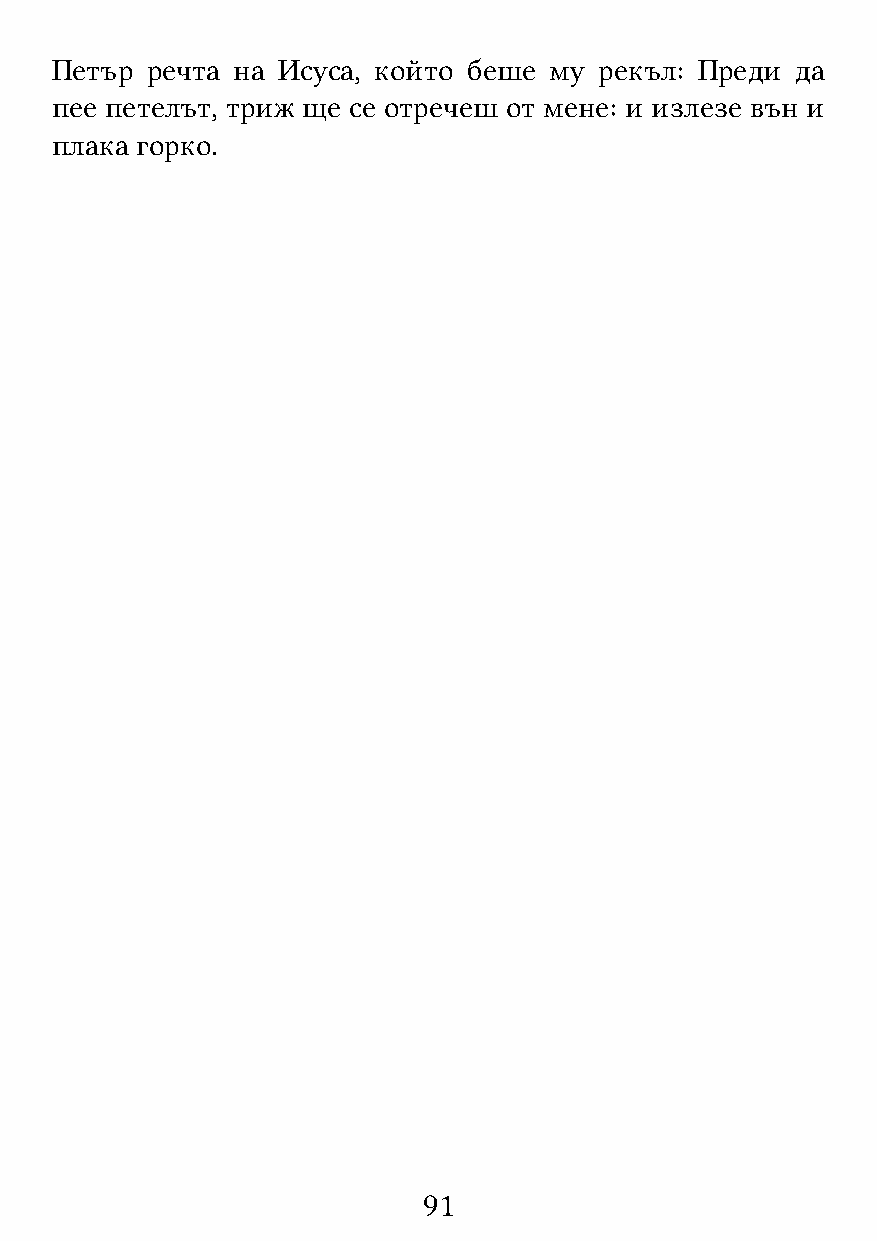
Петър  речта на Исуса, който беше му рекъл: Преди да
 пее петелът, триж ще се отречеш от мене: и излезе вън и
 плака горко.
 91